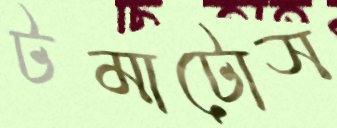
টমাটোস